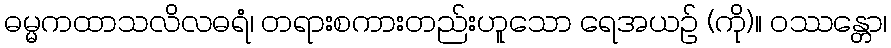
ဓမ္မကထာသလိလဓရံ၊ တရားစကားတည်းဟူသော ရေအယဉ် (ကို)။ ဝဿန္တော၊